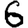
Digit: 6